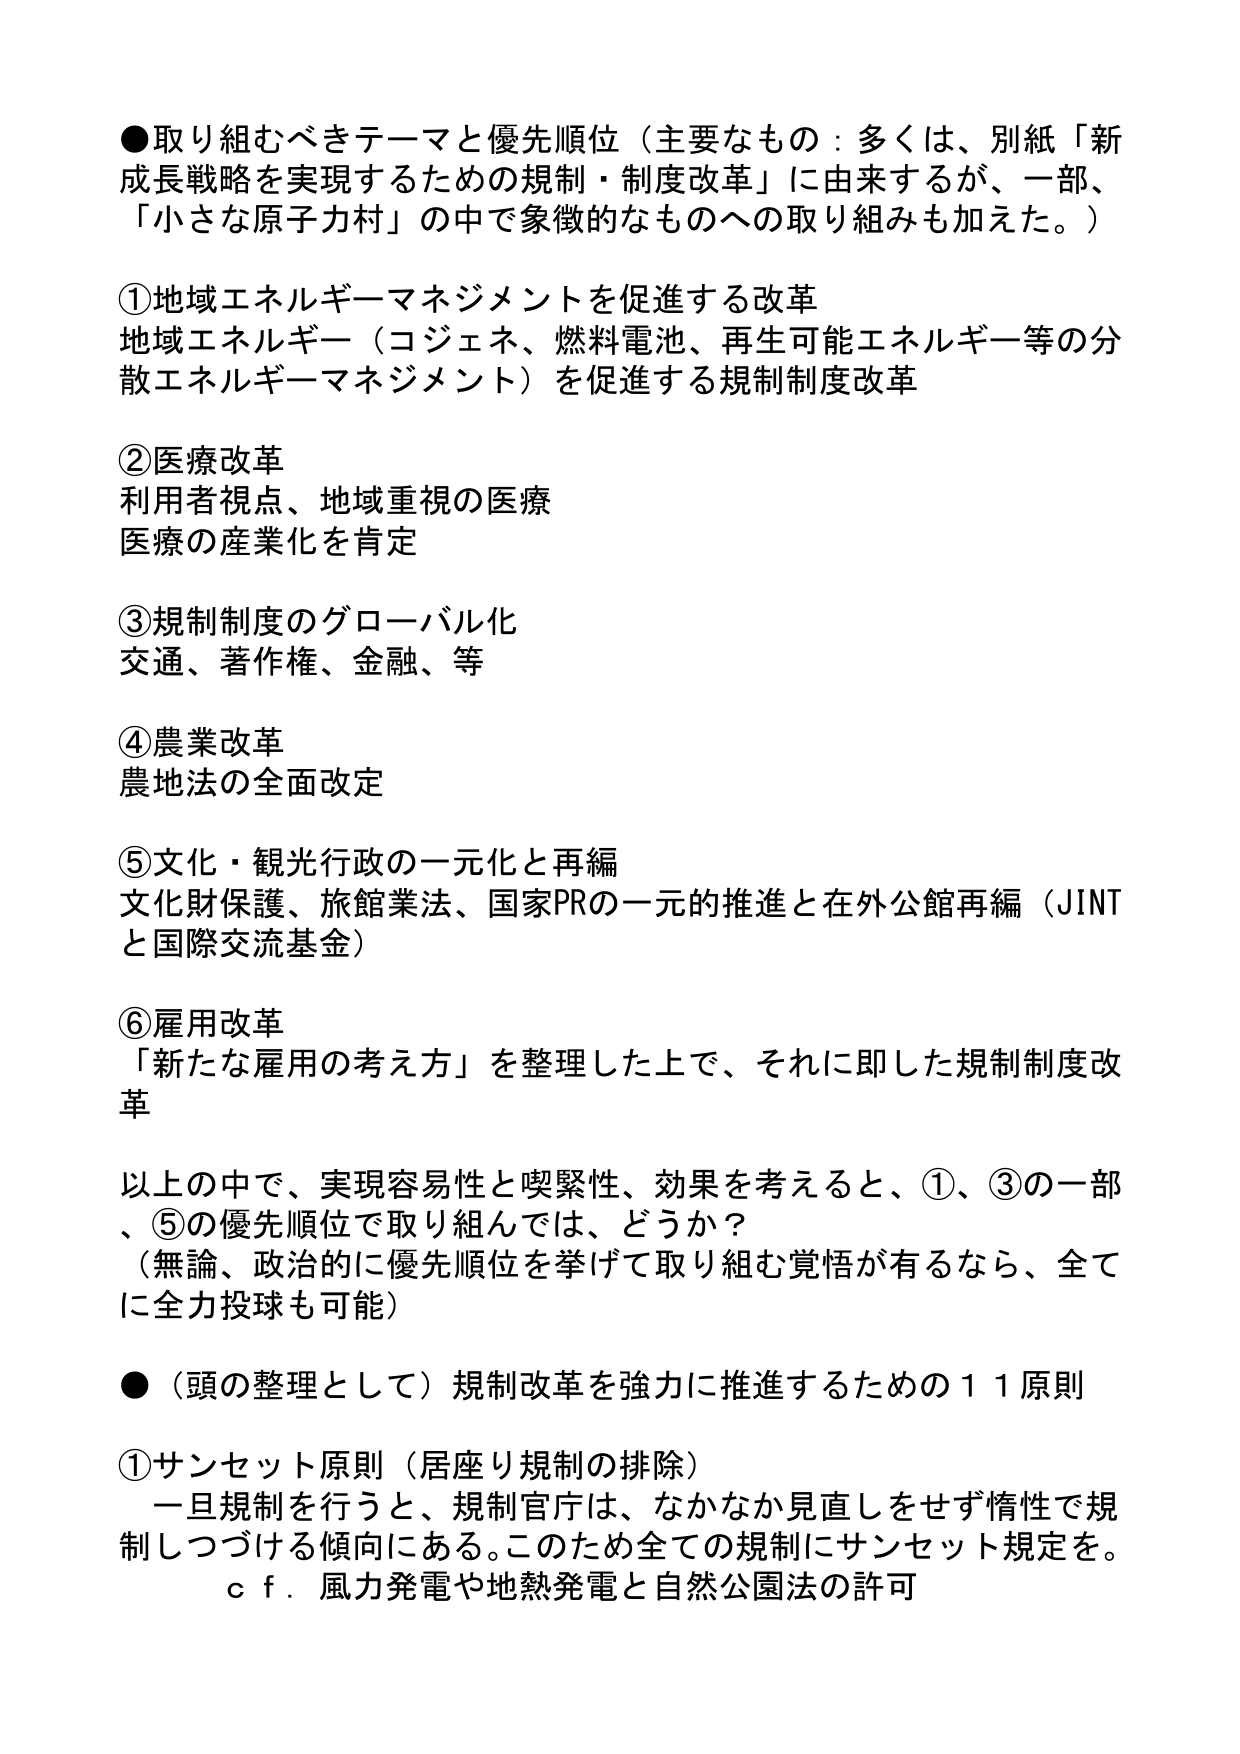
●取り組むべきテーマと優先順位（主要なもの：多くは、別紙「新成長戦略を実現するための規制・制度改革」に由来するが、一部、「小さな原子力村」の中で象徴的なものへの取り組みも加えた。）

①地域エネルギーマネジメントを促進する改革
地域エネルギー（コジェネ、燃料電池、再生可能エネルギー等の分散エネルギーマネジメント）を促進する規制制度改革

②医療改革
利用者視点、地域重視の医療
医療の産業化を肯定

③規制制度のグローバル化
交通、著作権、金融、等

④農業改革
農地法の全面改定

⑤文化・観光行政の一元化と再編
文化財保護、旅館業法、国家PRの一元的推進と在外公館再編（JINTと国際交流基金）

⑥雇用改革
「新たな雇用の考え方」を整理した上で、それに即した規制制度改革

以上の中で、実現容易性と喫緊性、効果を考えると、①、③の一部、⑤の優先順位で取り組んでは、どうか？
（無論、政治的に優先順位を挙げて取り組む覚悟が有るなら、全てに全力投球も可能）

●（頭の整理として）規制改革を強力に推進するための１１原則

①サンセット原則（居座り規制の排除）
一旦規制を行うと、規制官庁は、なかなか見直しをせず惰性で規制しつづける傾向にある。このため全ての規制にサンセット規定を。
ｃｆ．風力発電や地熱発電と自然公園法の許可